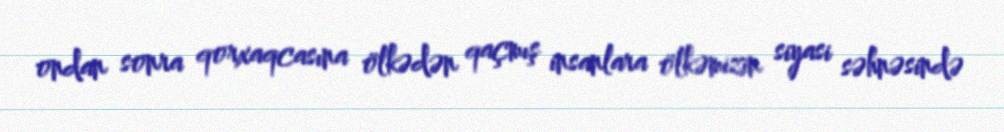
ondan sonra qorxaqcasına ölkədən qaçmış insanlara ölkəmizin siyasi səhnəsində